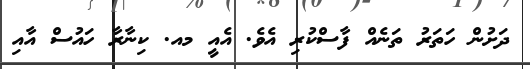
ދަށުން ހަތަރު ތަނެއް ފާސްކުރި އެވެ. އެއީ މއ. ކިނާރާ ހައުސް އާއި